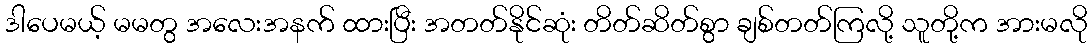
ဒါပေမယ့် မမတွ အလေးအနက် ထားပြီး အတတ်နိုင်ဆုံး တိတ်ဆိတ်စွာ ချစ်တတ်ကြလို့ သူတို့က အားမလို